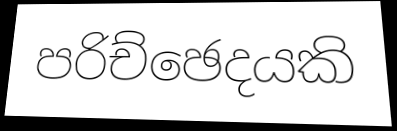
පරිච්ඡෙදයකි